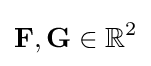
\mathbf {F} ,\mathbf {G} \in \mathbb {R} ^{2}